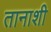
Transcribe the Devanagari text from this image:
तानाशी